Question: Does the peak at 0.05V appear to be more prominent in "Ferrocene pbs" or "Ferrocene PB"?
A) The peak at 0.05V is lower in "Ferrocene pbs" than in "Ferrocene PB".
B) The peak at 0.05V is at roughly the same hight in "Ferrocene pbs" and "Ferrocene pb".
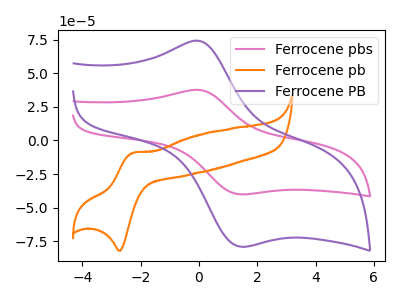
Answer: <think>The pink curve "Ferrocene pbs" has an anodic peak at (0.05V, 37.45uA) and a cathodic peak at (1.60V, -40.10uA). The orange curve "Ferrocene pb" has an anodic peak at (-2.25V, -9.30uA) and a cathodic peak at (-2.70V, -82.10uA). The purple curve "Ferrocene PB" has an anodic peak at (0.05V, 73.80uA) and a cathodic peak at (1.60V, -79.05uA).</think>
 <answer>A) The peak at 0.05V is lower in "Ferrocene pbs" than in "Ferrocene PB".</answer>
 <eval>A</eval>